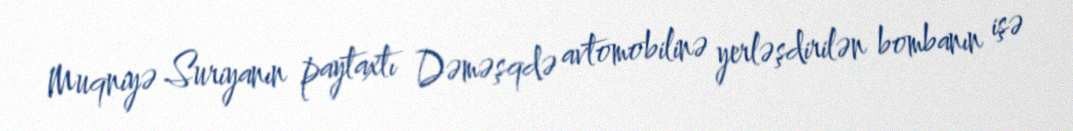
Muqniyə Suriyanın paytaxtı Dəməşqdə avtomobilinə yerləşdirilən bombanın işə